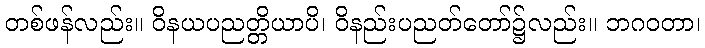
တစ်ဖန်လည်း။ ဝိနယပညတ္တိယာပိ၊ ဝိနည်းပညတ်တော်၌လည်း။ ဘဂဝတာ၊